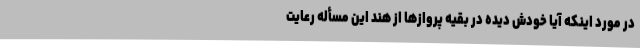
در مورد اینکه آیا خودش دیده در بقیه پروازها از هند این مسأله رعایت